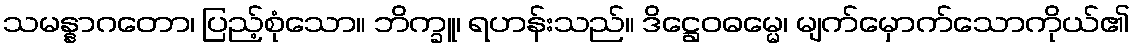
သမန္နာဂတော၊ ပြည့်စုံသော။ ဘိက္ခူ၊ ရဟန်းသည်။ ဒိဋ္ဌေဝဓမ္မေ၊ မျက်မှောက်သောကိုယ်၏